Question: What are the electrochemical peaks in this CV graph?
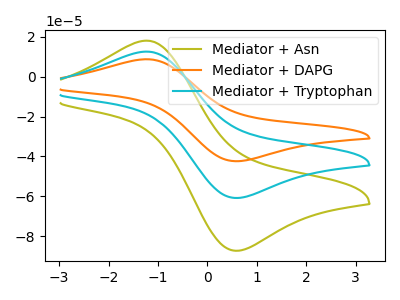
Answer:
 <answer>The olive curve "Mediator + Asn" has an anodic peak at (-1.25V, 18.10uA) and a cathodic peak at (0.65V, -87.35uA). The orange curve "Mediator + DAPG" has an anodic peak at (-1.25V, 25.25uA) and a cathodic peak at (0.65V, -121.70uA). The cyan curve "Mediator + Tryptophan" has an anodic peak at (-1.25V, 12.60uA) and a cathodic peak at (0.65V, -60.85uA).</answer>
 <eval></eval>